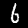
Digit: 6